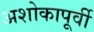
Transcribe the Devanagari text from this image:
अशोकापूर्वी